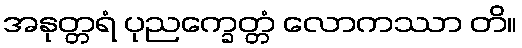
အနုတ္တရံ ပုညက္ခေတ္တံ လောကဿာ တိ။